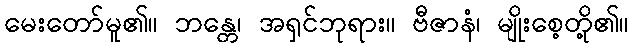
မေးတော်မူ၏။ ဘန္တေ၊ အရှင်ဘုရား။ ဗီဇာနံ၊ မျိုးစေ့တို့၏။